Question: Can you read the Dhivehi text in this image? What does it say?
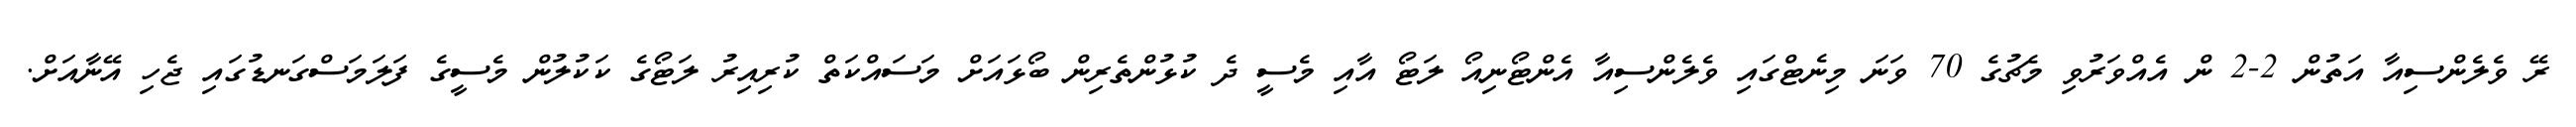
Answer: ރޭ ވެލެންސިއާ އަތުން 2-2 ން އެއްވަރުވި މެޗުގެ 70 ވަނަ މިނެޓްގައި ވެލެންސިއާ އެންޓޯނިއޯ ލަޓޯ އާއި މެސީ ދެ ކުޅުންތެރިން ބޯޅައަށް މަސައްކަތް ކުރިއިރު ލަޓޯގެ ކަކުލުން މެސީގެ ފަލަމަސްގަނޑުގައި ޖެހި އޭނާއަށް.